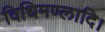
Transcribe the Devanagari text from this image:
विधिमण्लादि।